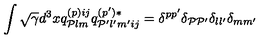
\int \sqrt { \gamma } d ^ { 3 } x q _ { { \cal P } l m } ^ { ( p ) i j } q _ { { \cal P } ^ { \prime } l ^ { \prime } m ^ { \prime } i j } ^ { ( p ^ { \prime } ) * } = \delta ^ { p p ^ { \prime } } \delta _ { { \cal P } { \cal P } ^ { \prime } } \delta _ { l l ^ { \prime } } \delta _ { m m ^ { \prime } }